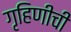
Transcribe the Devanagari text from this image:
गृहिणीची